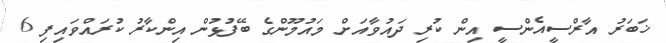
ޚަބަރު އާރްސީއެންސީ އިން ކުރި ދައުވާއަށް މައުމޫންގެ ބޭފުޅުން އިންކާރު ކުރައްވައިފި 6